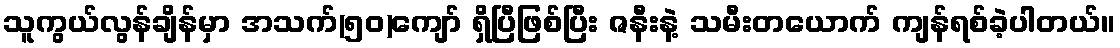
သူကွယ်လွန်ချိန်မှာ အသက်(၅၀)ကျော် ရှိပြီဖြစ်ပြီး ဇနီးနဲ့ သမီးတယောက် ကျန်ရစ်ခဲ့ပါတယ်။